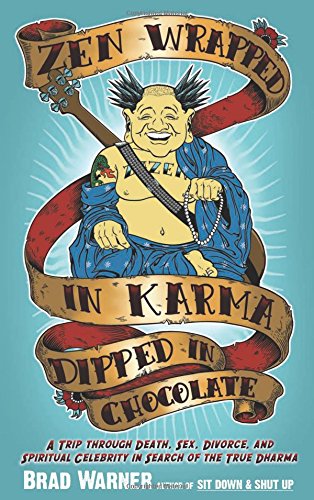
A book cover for Zen Wrapped in Karma Dipped in Chocolate: A Trip Through Death, Sex, Divorce, and Spiritual Celebrity in Search of the True Dharma; Brad Warner; Religion & Spirituality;